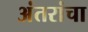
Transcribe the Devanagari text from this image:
अंतरांचा